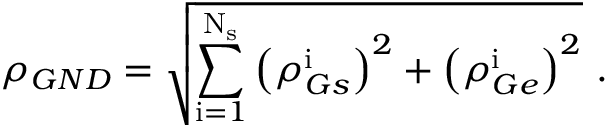
\rho _ { G N D } = \sqrt { \sum _ { \mathrm { i } = 1 } ^ { \mathrm { N } _ { \mathrm { s } } } \left( \rho _ { G s } ^ { \mathrm { i } } \right) ^ { 2 } + \left( \rho _ { G e } ^ { \mathrm { i } } \right) ^ { 2 } } \mathrm { ~ . ~ }